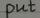
put